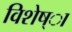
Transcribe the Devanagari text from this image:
विशेष्ा